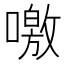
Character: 噭